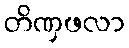
တိဏှဖလာ